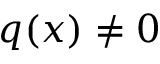
q ( x ) \neq 0